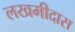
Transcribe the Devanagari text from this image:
लखमीदास